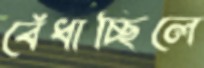
বেঁধাচ্ছিলে